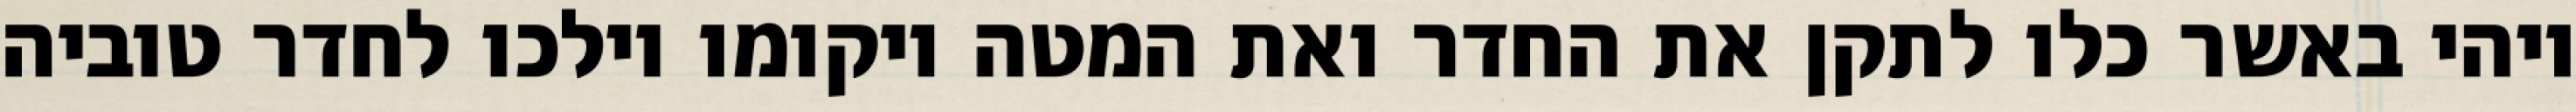
ויהי באשר כלו לתקן את החדר ואת המטה ויקומו וילכו לחדר טוביה